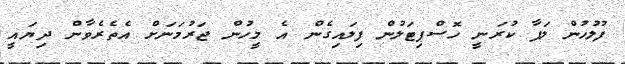
ފުލުހުން ލަފާ ކުރަނީ ހޮސްޕިޓަލުން ފިލައިގެން އެ މީހުން ޖަރުމަަނަށް އެތެރެވާން ދިޔައީ